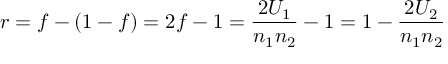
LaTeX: r = f - ( 1 - f ) = 2 f - 1 = { \frac { 2 U _ { 1 } } { n _ { 1 } n _ { 2 } } } - 1 = 1 - { \frac { 2 U _ { 2 } } { n _ { 1 } n _ { 2 } } }